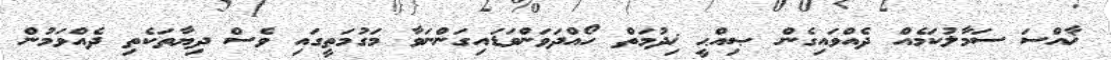
ޚާއްސަ ސަމާލުކަމެއް ދެއްވައިގެން ޞިއްޙީ ޚިދުމަތް ހޯއްދަވަންވަޑައިގަންނަވާ މަގުމަތީގައި ވެސް ދިޔާތަކެތި ދެއްވަމުން